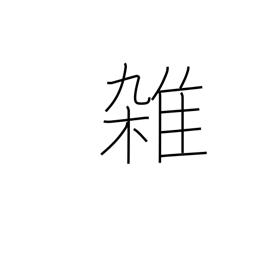
Meaning: miscellaneous